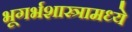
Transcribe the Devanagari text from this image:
भूगर्भशास्त्रामध्ये